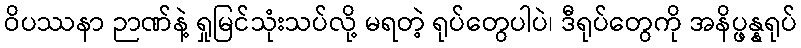
ဝိပဿနာ ဉာဏ်နဲ့ ရှုမြင်သုံးသပ်လို့ မရတဲ့ ရုပ်တွေပါပဲ၊ ဒီရုပ်တွေကို အနိပ္ဖန္နရုပ်